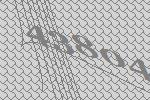
43804